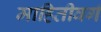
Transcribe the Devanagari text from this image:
माहितीवर्ग